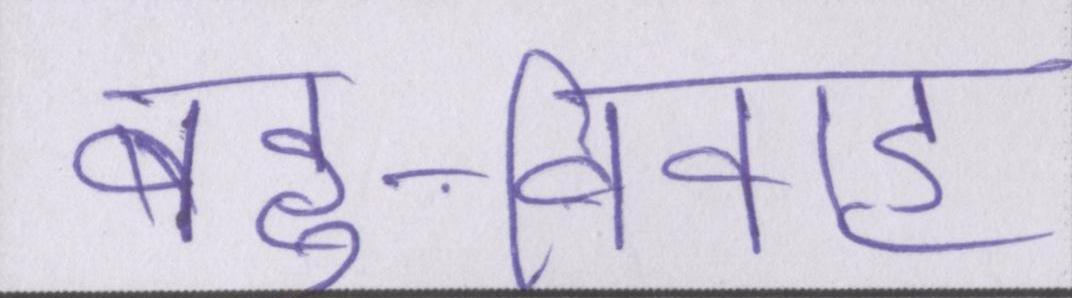
बहु-विवाह